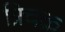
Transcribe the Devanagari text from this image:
त्रिचक्र